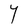
Character: Y